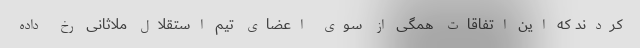
کردند که این اتفاقات همگی از سوی اعضای تیم استقلال ملاثانی رخ داده